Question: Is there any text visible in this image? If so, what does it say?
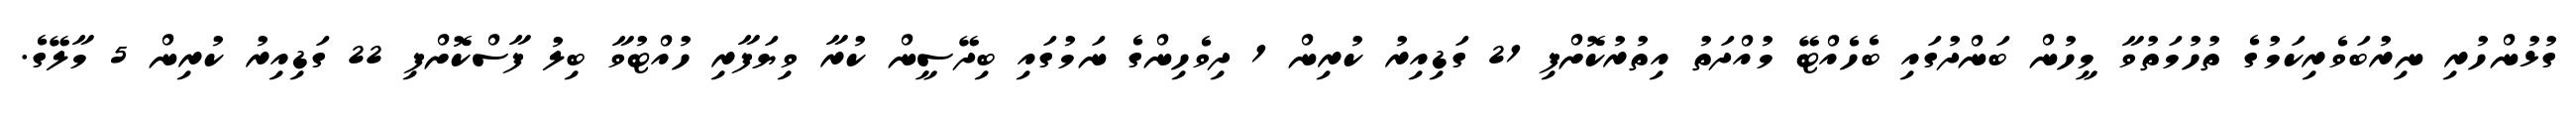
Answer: ގުޅުންހުރި ނިރުބަވެރިކަމުގެ ތުހުމަތުވާ މީހުން ބަންދުގައި ބެހެއްޓޭ މުއްދަތު އިތުރުކޮށްފި 21 ގަޑިއިރު ކުރިން 1 ދިވެހިންގެ ނަމުގައި ބިދޭސީން ކުރާ ވިޔަފާރި ހުއްޓުވާ ބިލު ފާސްކޮށްފި 22 ގަޑިއިރު ކުރިން 5 މާލޭގެ.